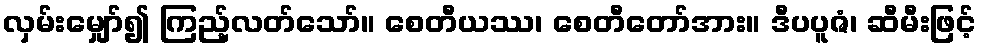
လှမ်းမျှော်၍ ကြည့်လတ်သော်။ စေတီယဿ၊ စေတီတော်အား။ ဒီပပူဇံ၊ ဆီမီးဖြင့်